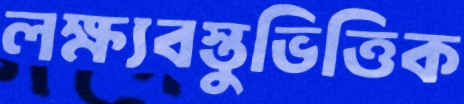
লক্ষ্যবস্তুভিত্তিক